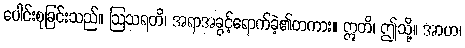
ပေါင်းစုခြင်းသည်။ ဩသရတိ၊ အရာအခွင့်ရောက်ခဲ့၏တကား။ ဣတိ၊ ဤသို့။ အာဟ၊